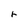
Character: r